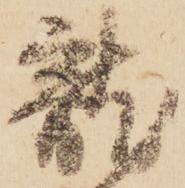
龍